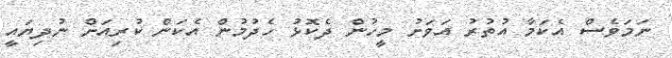
ނަމަވެސް އެކަމާ އުތުރު އަވަށު މީހުން ދެކޮޅު ހެދުމުން އެކަން ކުރިއަށް ނުދިޔައީ